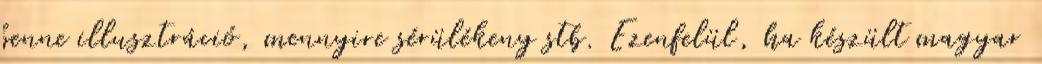
benne illusztráció, mennyire sérülékeny stb. Ezenfelül, ha készült magyar